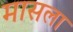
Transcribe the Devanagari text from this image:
मासला